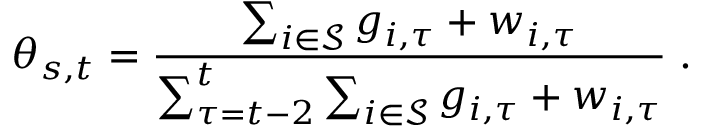
\theta _ { s , t } = \frac { \sum _ { i \in \mathcal { S } } g _ { i , \tau } + w _ { i , \tau } } { \sum _ { \tau = t - 2 } ^ { t } \sum _ { i \in \mathcal { S } } g _ { i , \tau } + w _ { i , \tau } } \; .